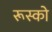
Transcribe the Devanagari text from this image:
रूस्को